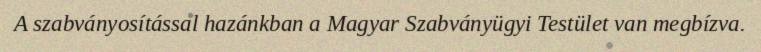
A szabványosítással hazánkban a Magyar Szabványügyi Testület van megbízva.